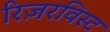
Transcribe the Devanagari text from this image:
रिज़रविस्ट